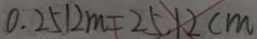
0 . 2 5 1 2 m = 2 5 . 1 2 c m